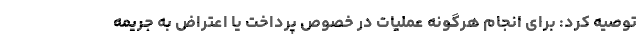
توصیه کرد: برای انجام هرگونه عملیات در خصوص پرداخت یا اعتراض به جریمه